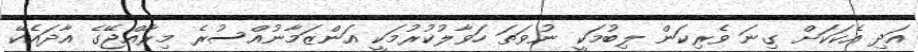
އަދި އެކަކަށް ގިނަ ވެރިކަން ލިބުމަކީ ނުވަތަ ހަވާލުކުރުމަކީ އަންޒަމާނުއްސުރެ މިރާއްޖޭގެ އާދައެކޭ